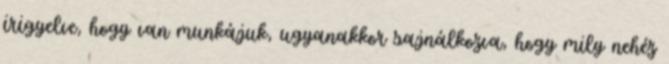
irigyelve, hogy van munkájuk, ugyanakkor sajnálkozva, hogy mily nehéz